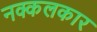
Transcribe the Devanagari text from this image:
नक्कलकार